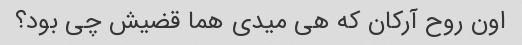
اون روح آرکان که هی میدی هما قضیش چی بود؟